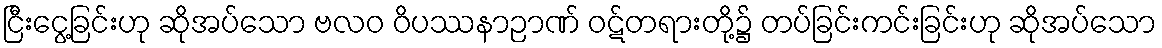
ငြီးငွေ့ခြင်းဟု ဆိုအပ်သော ဗလဝ ဝိပဿနာဉာဏ် ဝဋ်တရားတို့၌ တပ်ခြင်းကင်းခြင်းဟု ဆိုအပ်သော